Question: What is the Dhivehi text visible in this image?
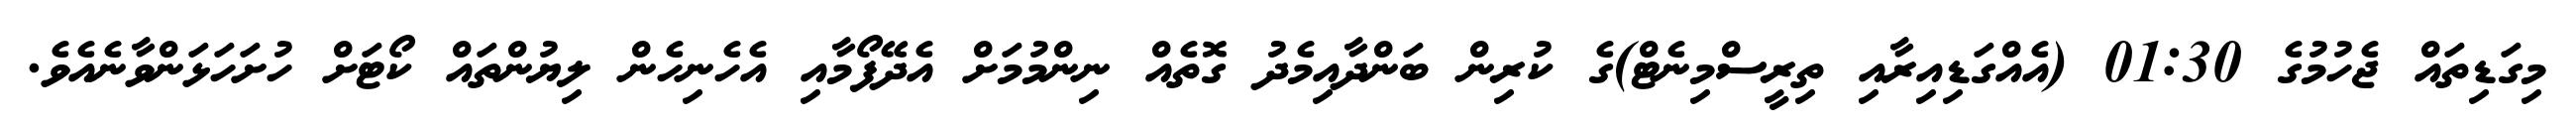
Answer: މިގަޑިތައް ޖެހުމުގެ 01:30 (އެއްގަޑިއިރާއި ތިރީސްމިނެޓް)ގެ ކުރިން ބަންދާއިމެދު ގޮތެއް ނިންމުމަށް އެދޭފޯމާއި އެހެނިހެން ލިޔުންތައް ކޯޓަށް ހުށަހަޅަންވާނެއެވެ.